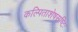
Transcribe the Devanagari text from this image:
कल्पिताशेषसृष्टिः